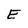
Character: E